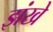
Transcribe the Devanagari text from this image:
झंखे